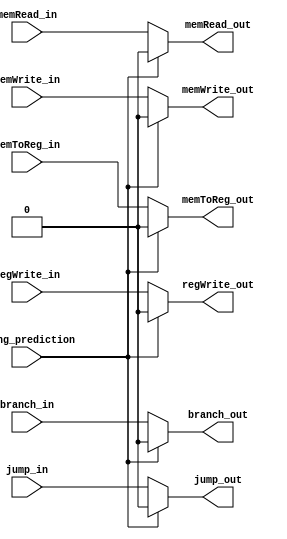
`timescale 1ns / 1ps
//////////////////////////////////////////////////////////////////////////////////
// Company: 
// Engineer: 
// 
// Design Name: 
// Module Name: Ctrl_Signals_MUX_EX_to_MEM
// Project Name: 
// Target Devices: 
// Tool Versions: 
// Description: 
// 
// Dependencies: 
// 
// Revision:
// Revision 0.01 - File Created
// Additional Comments:
// 
//////////////////////////////////////////////////////////////////////////////////


module Ctrl_Signals_MUX_EX_to_MEM(
    input branch_in,
    input jump_in,
    input memRead_in,
    input memWrite_in,
    input memToReg_in,
    input regWrite_in,
    output branch_out,
    output jump_out,
    output memRead_out,
    output memWrite_out,
    output memToReg_out,
    output regWrite_out,
    input wrong_prediction
    );
    
    assign branch_out   = (wrong_prediction == 1) ? 1'b0 : branch_in;
    assign jump_out     = (wrong_prediction == 1) ? 1'b0 : jump_in;
    assign memRead_out  = (wrong_prediction == 1) ? 1'b0 : memRead_in;
    assign memWrite_out = (wrong_prediction == 1) ? 1'b0 : memWrite_in;
    assign memToReg_out = (wrong_prediction == 1) ? 1'b0 : memToReg_in;
    assign regWrite_out = (wrong_prediction == 1) ? 1'b0 : regWrite_in;
    
endmodule